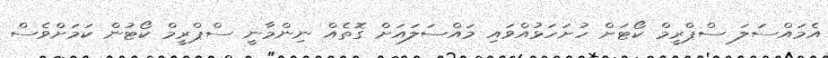
އެމައްސަލަ ސްޕްރީމް ކޯޓަށް ހުށަހަޅުއްވައި މައްސަލައަށް ގޮތެއް ނިންމާނީ ސްޕްރީމް ކޯޓުން ކަމަށްވެސް